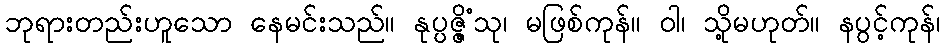
ဘုရားတည်းဟူသော နေမင်းသည်။ နုပ္ပဇ္ဇိံသု၊ မဖြစ်ကုန်။ ဝါ၊ သို့မဟုတ်။ နပွင့်ကုန်၊